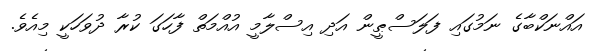
އައްނަކްބާގެ ނަމުގައި ފަލަސްޠީން އަދި އިސްލާމީ އުއްމަތް ފާހަގަ ކުރާ ދުވަހަކީ މިއެވެ.